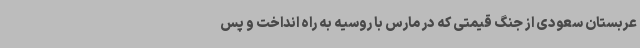
عربستان سعودی از جنگ قیمتی که در مارس با روسیه به راه انداخت و پس